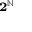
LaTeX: \scriptstyle \mathbf { 2 } ^ { \mathbb { N } }